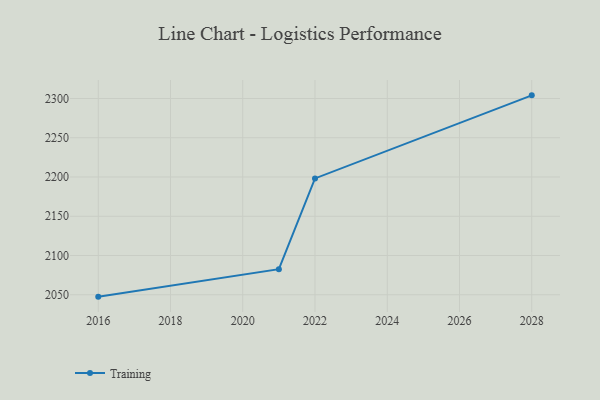
{"axis": {"x": "Year", "y": "Market Share (%)"}, "legend": ["Training"], "data": [{"x": "2028", "y": 2304.0, "type": "Training"}, {"x": "2022", "y": 2198.2, "type": "Training"}, {"x": "2021", "y": 2082.6, "type": "Training"}, {"x": "2016", "y": 2047.6, "type": "Training"}]}